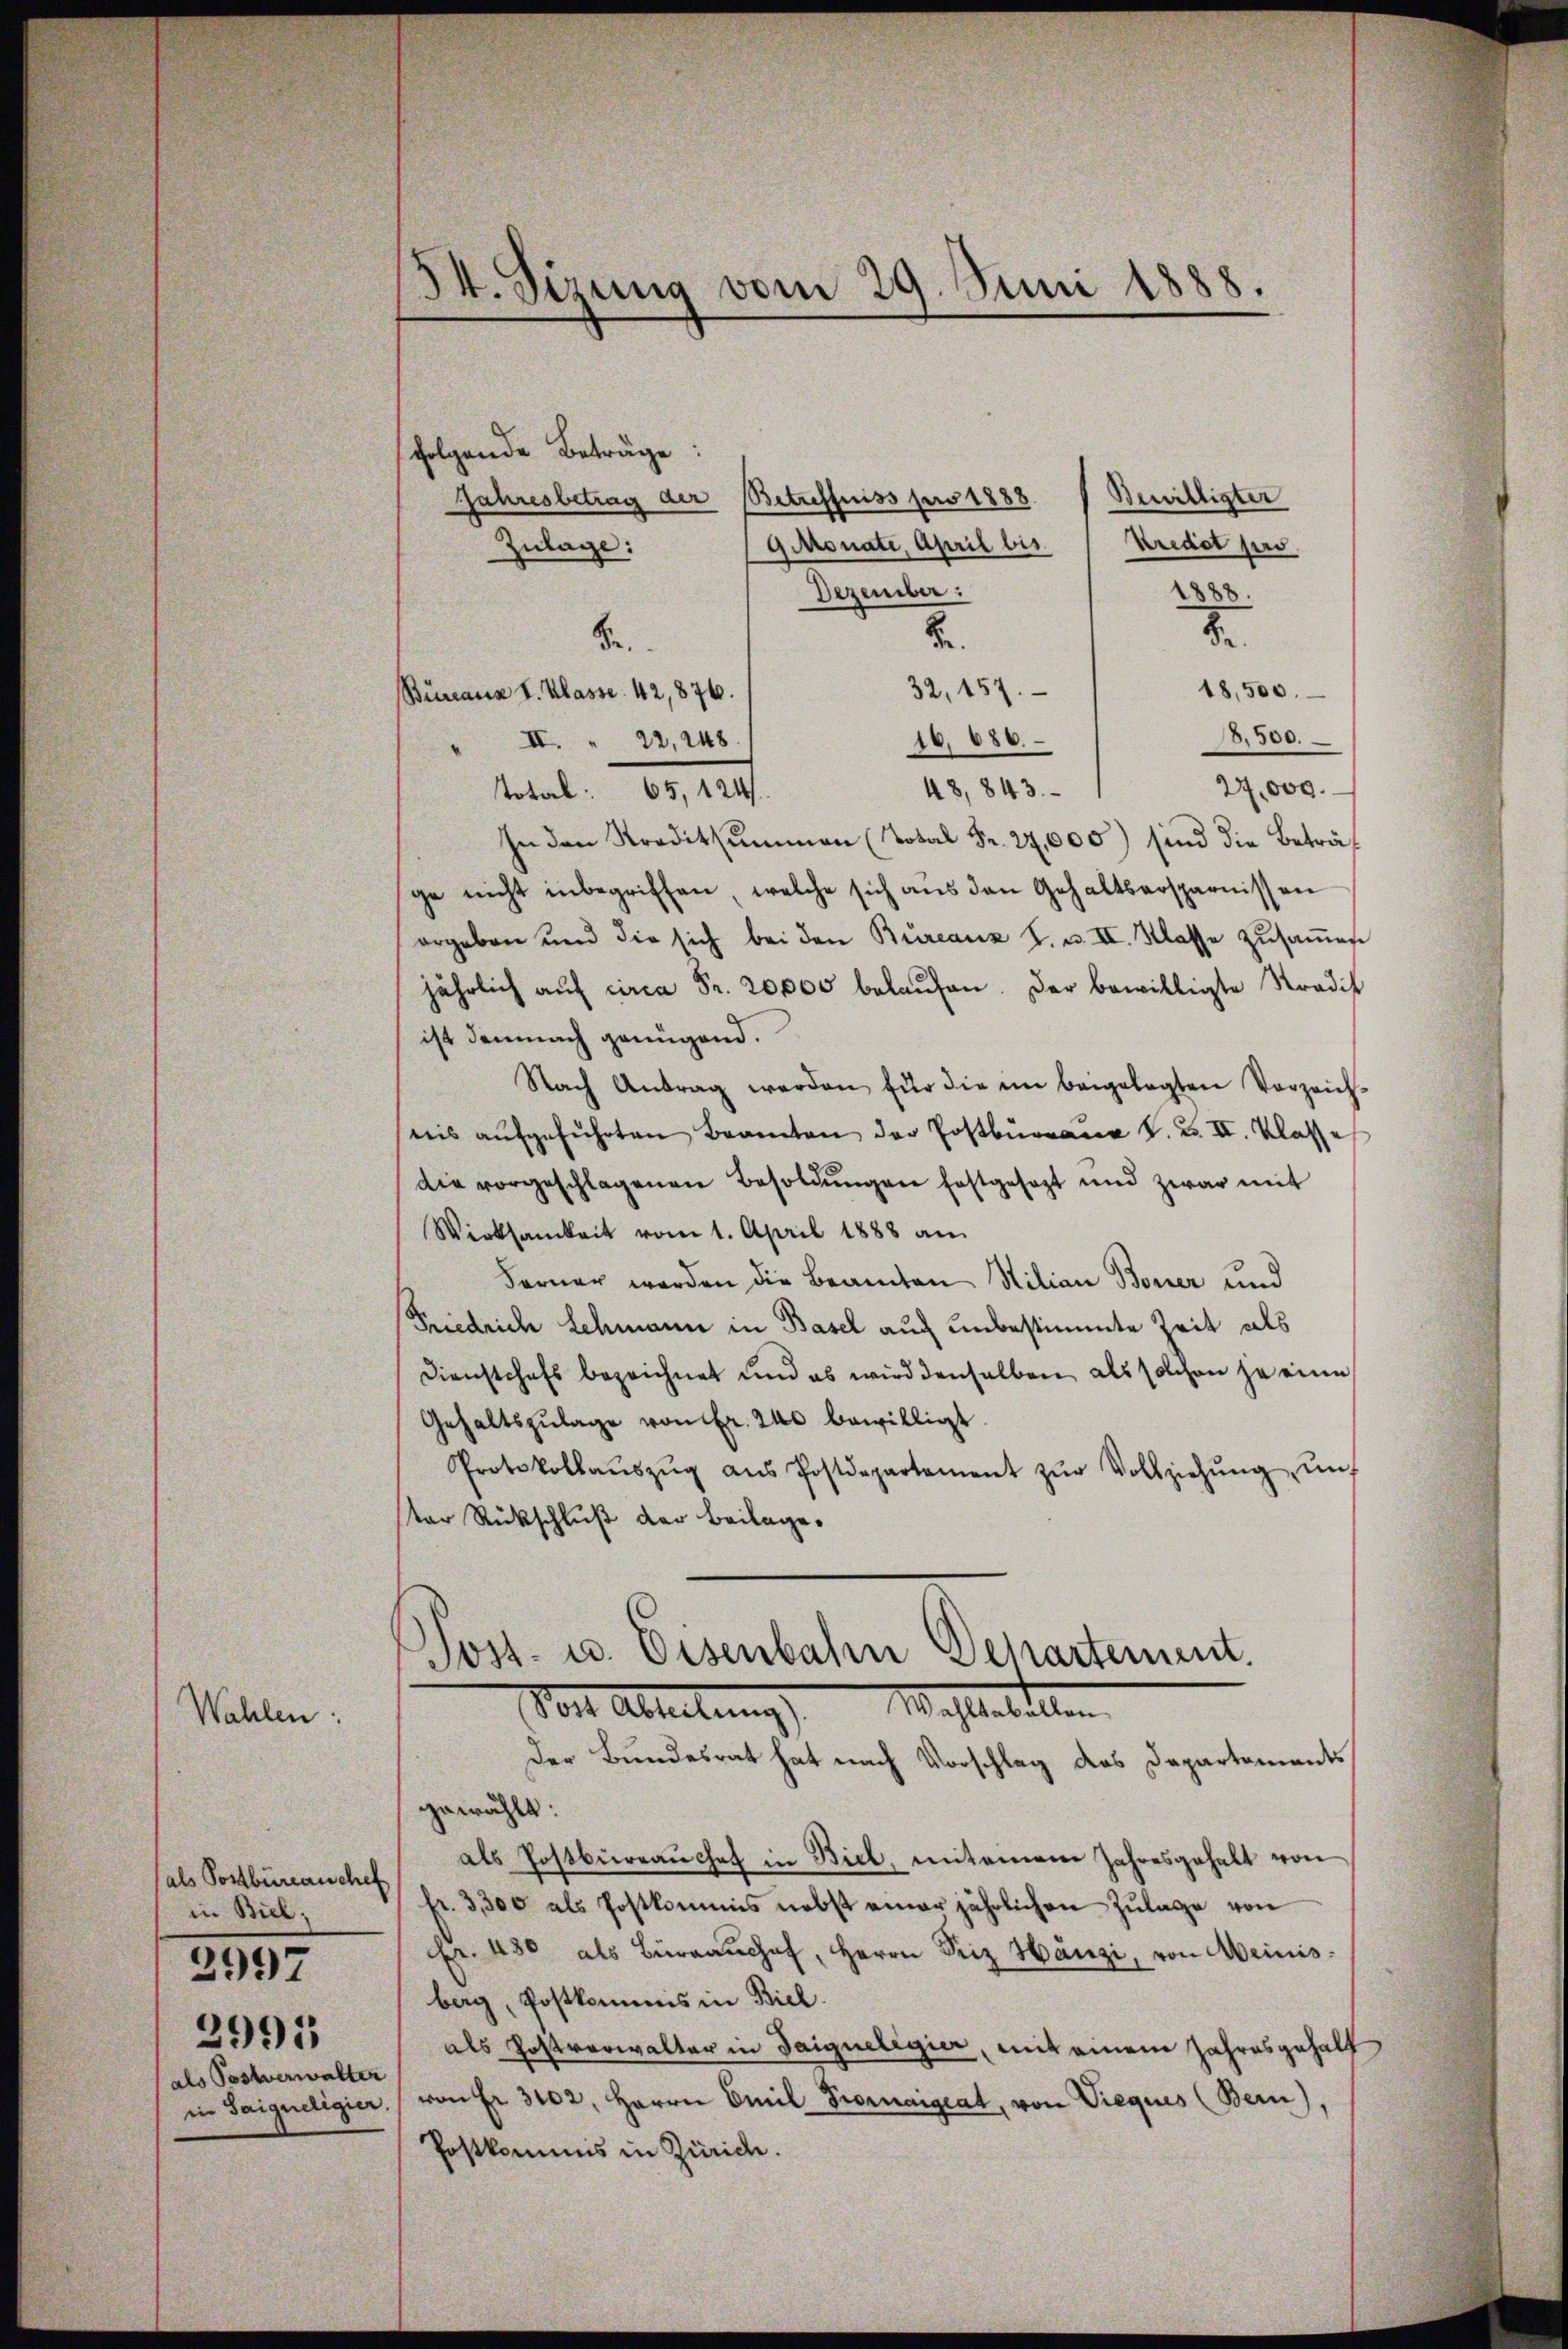
Wahlen:

(als Postbüreausche
in Biel,
als Postverwalter

2997
2991

54. Sizung
vom 29. Juni 1888.
e

folgende Beträge
Bewilligter
Jahresbetrag der Betreffniss pro 1888
Gitronate, April bis Kredit pro
Zulage:
Dezember:
1888.
.
B.
Se
18,500.
32, 157.
Buranz I. Klasse 42,876.
18,500.
16686.
" II. " 22, 248.
27,009.
48,843.
Total: 65, 124.
In den Kreditsummen (Total Fr. 24,000) sind die Beträf
ge nicht inbegriffen, welche sich aus den Gehaltsersparnissen
ergeben und die sich bei den Bureaux I. u. II. Klasse zŭsaṁen
jährlich auf circa Fr. 20,000 belaufen. Der bewilligte Stradit
ist demnach genügend.
Nach Antrag werden für die im beigelegten Vorzeich-
weis aŭfgeführten Beamten der Postbürgane V. u. II. Klasse
die vorgeschlagenen Besoldŭngen festgesezt und zwar mit
Wirksamkeit vom 1. April 1888 an
Ferner werden die Beamten Milian Boner und
Friedrich Schmann in Basel auch unbestimmte Zeit als
Dienstchefs bezeichnet und es wird denselben als solchen je eine
Gehaltszulage von Fr. 200 bewilligt.
Protokollaŭszŭg aŭs Postdepartement zŭr Vollziehŭng ŭn-
ter Rückschluß der Beilage.

Post- u. Eisenbahn Departement.
Vor Abteilung      Maleillen

Der Bundesrat hat nach Vorschlag des Departements
gewählt:
als Postbureau chef in Biel, miteinem Jahresgehalt von
fr. 3300 als Postkommis nebst einer jährlichen Zŭlage von
Fr. 480 als Büreaŭchef, Herrn Friz Hänzi, von Meinisberg, Postkommis in Biel.
als Postverwalter in Saigneligier, mit einem Jahresgehalt
in Saigueligier von Fr. 3102, Herrn Emil Prornaigeat, von Vieques (Bern),
Postkommis in Zürich.